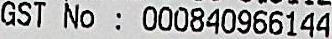
GST NO: 000840966144